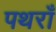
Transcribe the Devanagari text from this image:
पथराँ